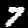
Digit: 7